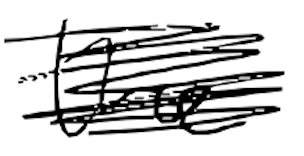
Text: the
Cross-out: scratch
Writing tool: digital_black